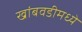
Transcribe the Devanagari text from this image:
खांबवडीमध्ये